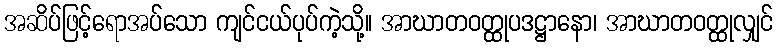
အဆိပ်ဖြင့်ရောအပ်သော ကျင်ငယ်ပုပ်ကဲ့သို့။ အာဃာတဝတ္ထုပဒဋ္ဌာနော၊ အာဃာတဝတ္ထုလျှင်